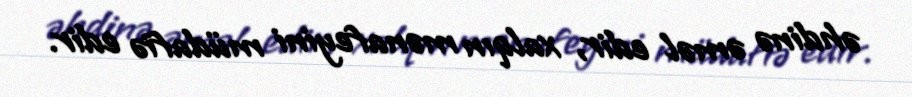
əhdinə əməl edir, xalqın mənafeyini müdafiə edir.